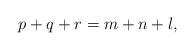
LaTeX: \begin{align*}p+q+r=m+n+l,\end{align*}